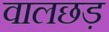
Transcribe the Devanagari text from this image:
वालछड़